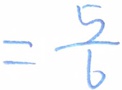
= \frac { 5 } { 6 }